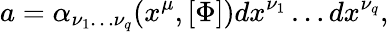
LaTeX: a=\alpha_{\nu_{1}\ldots\nu_{q}}(x^{\mu},[\Phi])dx^{\nu_{1}}\ldots dx^{\nu_{q}},